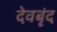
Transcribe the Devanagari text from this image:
देवबृंद